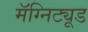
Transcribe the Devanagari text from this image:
मॅग्निट्यूड